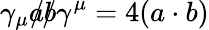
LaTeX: \gamma_{\mu}{a\! \! \! /}{b\! \! \! /}\gamma^{\mu}=4(a\cdot b)